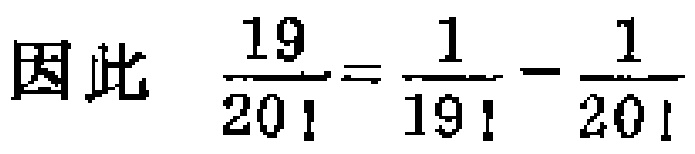
因此 \(\frac{19}{20!}=\frac{1}{19!}-\frac{1}{20!}\)